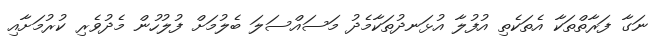
ނަގާ ފަރާތްތަކާ އެތަކެތި އުފުލާ އުޅަނދުތަކާމެދު މަސައްސަލަ ބެލުމަށް ފުލުހުން މެދުވެރި ކުރުމަށާއި